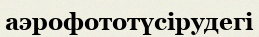
аэрофототүсірудегі